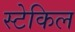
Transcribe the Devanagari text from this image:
स्टेकिल